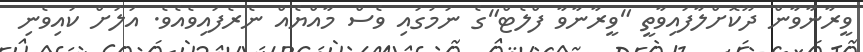
ވީރާނާވާން ދޫކޮށްލާފައިވާތީ "ވީރާނާވާ ފްލެޓް"ގެ ނަމުގައި ވެސް މާއްޔެއް ނެރެފައިވެއެވެ. އަލަށް ކައިވެނި